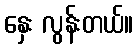
နှေး လွန်းတယ်။